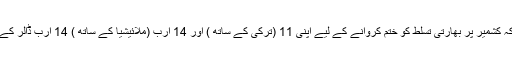
وزیراعظم اگر طیب اردگان اور مہاتیر محمد کو اس حوالے سے اعتماد میں لیں کہ کشمیر پر بھارتی تسلط کو ختم کروانے کے لیے اپنی 11 (ترکی کے ساتھ ) اور 14 ارب (ملائیشیا کے ساتھ ) 14 ارب ڈالر کے لین دین کو ختم کرنے کی تنبیہ کر دیں تو یقینا یہ کشمیریوں کے لیے اچھا ہوگا۔